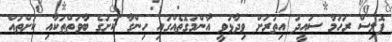
ޕޮލިސް ރަހުމާ ސައީދު އިތުރަށް ވިދާޅުވީ އާންމުގޮތެއްގައި ހިންގާ ކުށުގެ ބާވަތްތަކާއި ކުށްތައް